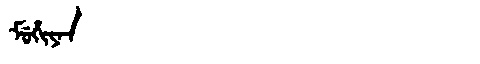
Manchu: ᠮᡠᡥᡳᠶᠠᠨ
Romanization: MUHIYAN